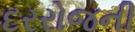
દરરોજની